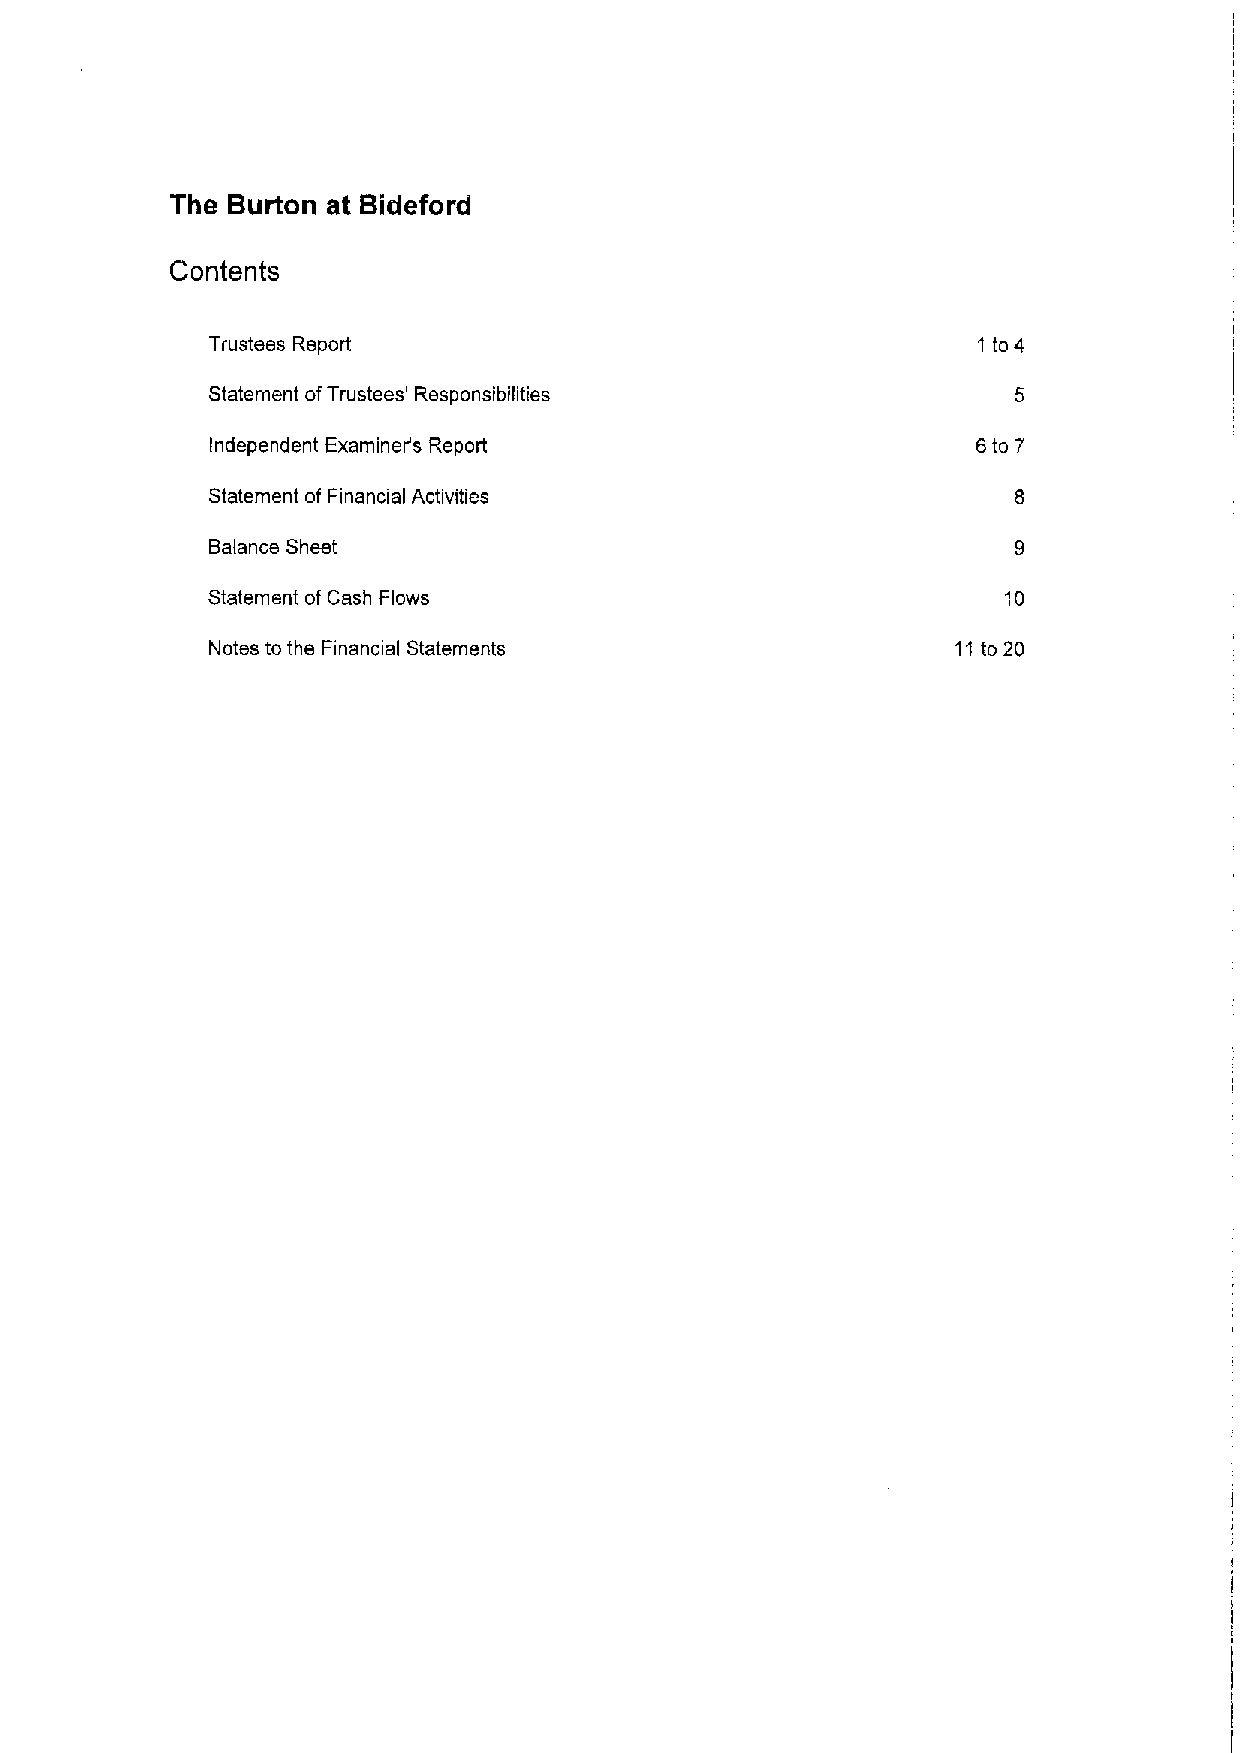
The Burton at Bideford
 Contents
 Trustees Report                                    1to4
 Statement ofTrustees' Responsibilities
 Independent Examiners Report                       6to7
 Statement ofFinancial Activities
 Balance Sheet
 Statement of Cash Flows                              10
 Notes to the Financial Statements                11to 20